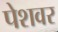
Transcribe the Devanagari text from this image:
पेशवर